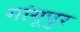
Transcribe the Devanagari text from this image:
गांगूपुर